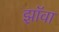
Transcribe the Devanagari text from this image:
झॉवा